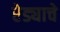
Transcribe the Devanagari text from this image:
रेड्याचे